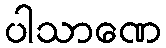
ပါသာဏေ